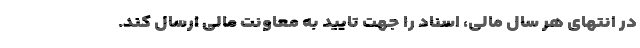
در انتهای هر سال مالی، اسناد را جهت تایید به معاونت مالی ارسال کند.